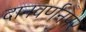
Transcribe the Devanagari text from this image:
दानवर्णनपर